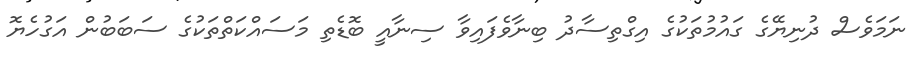
ނަމަވެސް ދުނިޔޭގެ ގައުމުތަކުގެ އިގްތިސާދު ބިނާވެފައިވާ ސިނާއީ ބޮޑެތި މަސައްކަތްތަކުގެ ސަބަބުން އަގުހެޔޮ